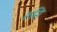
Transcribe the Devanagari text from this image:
रूसि